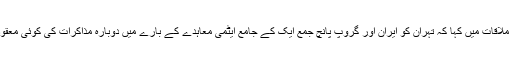
صدر مملکت نے اس ملاقات میں کہا کہ تہران کو ایران اور گروپ پانچ جمع ایک کے جامع ایٹمی معاہدے کے بارے میں دوبارہ مذاکرات کی کوئی معقول وجہ نظر نہیں آتی ۔